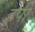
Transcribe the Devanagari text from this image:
हूपी